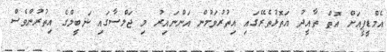
އެމްޑީޕީއަށް އޮތް ތާއީދު އަތޮޅުތެރޭގައި އިތުރުވަމުން އަންނައިރު މި ޖަލްސާގައި ނަބީލްގެ އިތުރުންވެސް